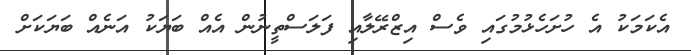
އެކަމަކު އެ ހުށަހެޅުމުގައި ވެސް އިޒްރޭލާއި ފަލަސްތީނުން އެއް ބަޔަކު އަނެއް ބަޔަކަށް